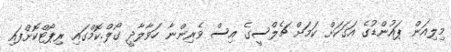
މިލިއަން ޕައުންޑުގެ އަގަކަށް ކަމަށް ޗެލްސީގެ އިސް ވެރިންނާ ހަވާލާދީ ގޯލް.ކޮމްގައި ރިޕޯޓްކޮށްފައި